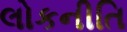
લોકનીતિ